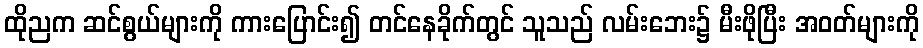
ထိုညက ဆင်စွယ်များကို ကားပြောင်း၍ တင်နေခိုက်တွင် သူသည် လမ်းဘေး၌ မီးဖိုပြီး အဝတ်များကို